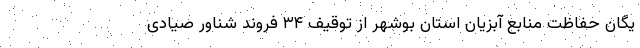
یگان حفاظت منابع آبزیان استان بوشهر از توقیف ۳۴ فروند شناور صیادی